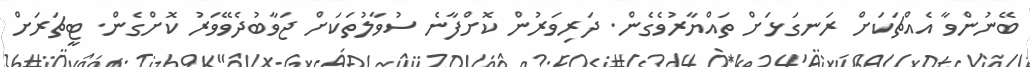
ބޭނުންވާ އެއްޗަކަށް ރަނގަޅަށް ތައްޔާރުވެގެން. ދަރިވަރުން ކޮށްފާނެ ސުވާލުތަކަށް ޖަވާބުދެވޭވަރު ކޮށްގެން. ޓީޗަރަށް